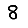
Digit: 8